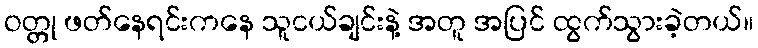
ဝတ္တု ဖတ်နေရင်းကနေ သူငယ်ချင်းနဲ့ အတူ အပြင် ထွက်သွားခဲ့တယ်။